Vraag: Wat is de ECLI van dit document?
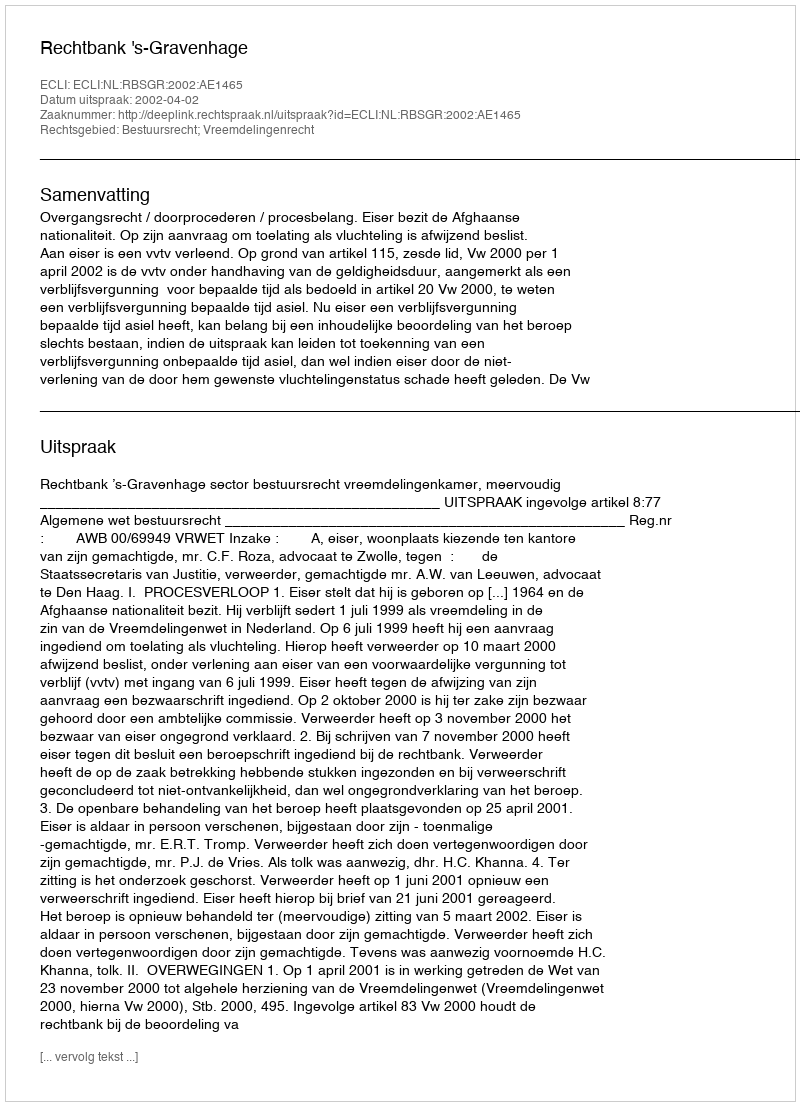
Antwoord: ECLI:NL:RBSGR:2002:AE1465